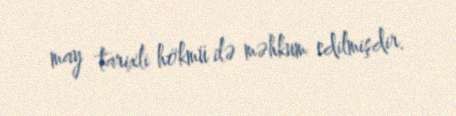
may tarixli hökmü ilə məhkum edilmişdir.